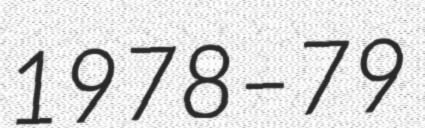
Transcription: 1978–79